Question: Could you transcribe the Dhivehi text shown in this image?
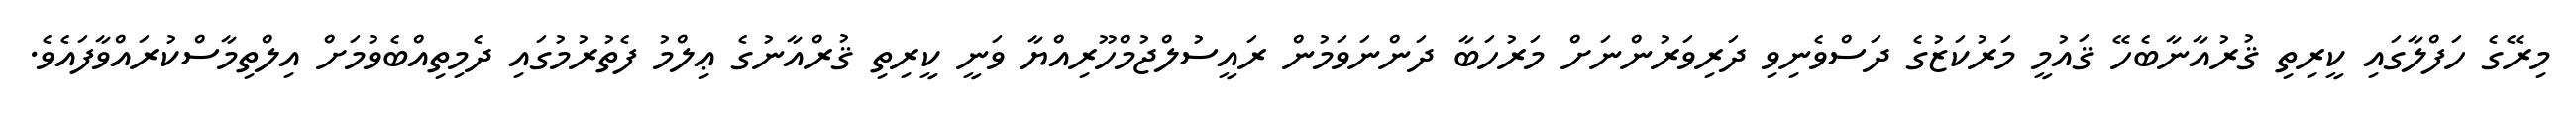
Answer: މިރޭގެ ހަފްލާގައި ކީރިތި ޤުރުއާނާބެހޭ ޤައުމީ މަރުކަޒުގެ ދަސްވެނިވި ދަރިވަރުންނަށް މަރުހަބާ ދަންނަވަމުން ރައީސުލްޖުމްހޫރިއްޔާ ވަނީ ކީރިތި ޤުރްއާނުގެ ޢިލްމު ފެތުރުމުގައި ދެމިތިއްބެވުމަށް އިލްތިމާސްކުރައްވާފައެވެ.